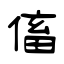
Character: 傗